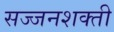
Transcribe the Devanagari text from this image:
सज्जनशक्ती